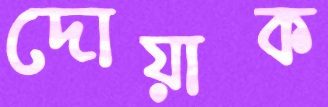
দোয়াক